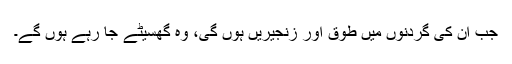
جب اُن کی گردنوں میں طوق اور زنجیریں ہوں گی، وہ گھسیٹے جا رہے ہوں گے۔